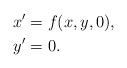
LaTeX: \begin{align*} x^\prime &=f(x,y,0),\\ y^\prime &= 0. \end{align*}